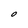
Character: 0